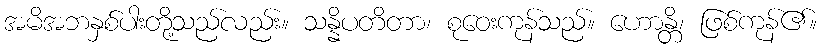
အမိအဘနှစ်ပါးတို့သည်လည်း။ သန္နိပတိတာ၊ စုဝေးကုန်သည်။ ဟောန္တိ၊ ဖြစ်ကုန်၏။